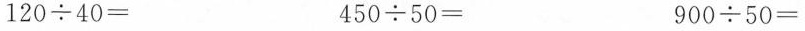
$$1 2 0 \div 4 0 =$$ $$4 5 0 \div 5 0 =$$ $$9 0 0 \div 5 0 =$$